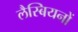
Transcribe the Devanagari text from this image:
लैस्बियनों